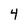
Character: 4